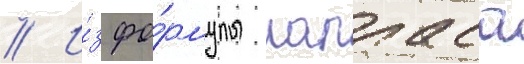
// И́з фо́рмулы лапласа